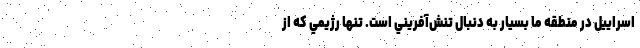
اسراييل در منطقه ما بسيار به دنبال تنش‌آفريني است. تنها رژيمي كه از